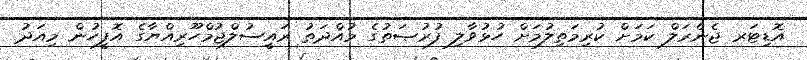
އޮޑިޓަރ ޖެނެރަލް ކަމަށް ކުރިމަތިލުމަށް ހުޅުވާލި ފުރުޞަތުގެ މުއްދަތު ރައީސުލްޖުމްހޫރިއްޔާގެ އޮފީހުން މިއަދު